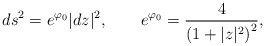
\begin{align*}ds^2=e^{\varphi_0}|dz|^2,\qquad e^{\varphi_0}={4\over \left(1+|z|^2\right)^2},\end{align*}